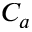
C _ { a }